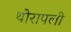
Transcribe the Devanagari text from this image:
थोरापली